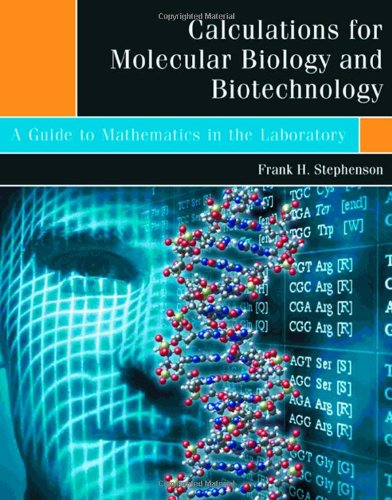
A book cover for Calculations for Molecular Biology and Biotechnology: A Guide to Mathematics in the Laboratory; Frank H. Stephenson; Science & Math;